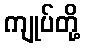
ကျုပ်တို့